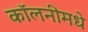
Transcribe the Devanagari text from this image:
कॉलनीमधे